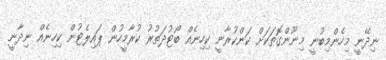
ނިދޭނީ މިހެންމިބުނީ މިނޫންގޮތަކަށް ކަންކުރާނީ ކިހިނެއް ބޯޓުދަތުރު ކުރާމީހުން ޕައިލެޓުން ކިހިނެއް ނިދާނީ